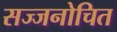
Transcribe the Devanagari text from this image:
सज्जनोचित